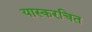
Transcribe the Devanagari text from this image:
यास्करचित